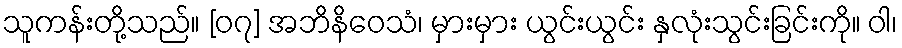
သူကန်းတို့သည်။ [၀၇] အဘိနိဝေသံ၊ မှားမှား ယွင်းယွင်း နှလုံးသွင်းခြင်းကို။ ဝါ၊